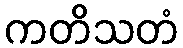
ကတိသတံ